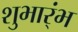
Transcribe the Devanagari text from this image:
शुभार्ंभ